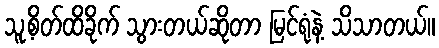
သူ့စိတ်ထိခိုက် သွားတယ်ဆိုတာ မြင်ရုံနဲ့ သိသာတယ်။